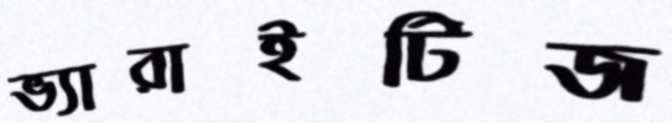
ভ্যারাইটিজ